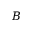
B